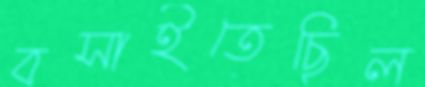
বসাইতেছিল